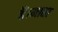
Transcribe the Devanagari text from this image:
हैं।माता